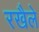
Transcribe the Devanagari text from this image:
रखैले